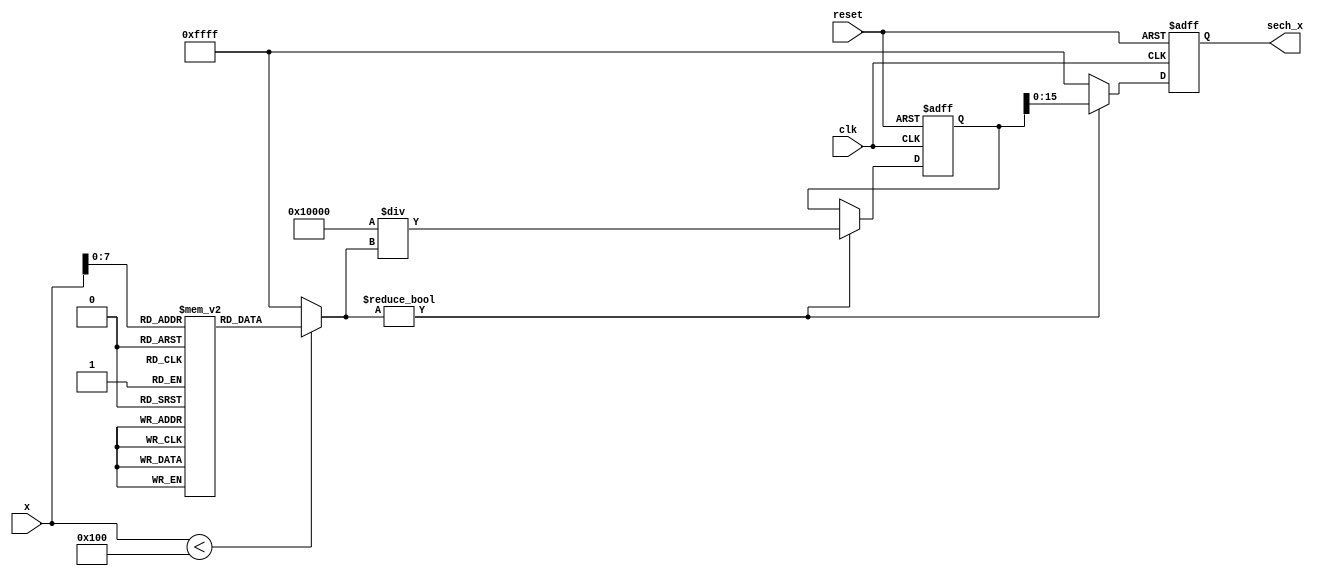
module hyperbolic_secant (
    input wire [15:0] x,           // Input: Fixed-point representation of x
    output reg [15:0] sech_x,      // Output: Computed sech(x)
    input wire clk,                // Clock signal
    input wire reset               // Reset signal
);

// Intermediate signals
wire [15:0] cosh_x;
reg [31:0] reciprocal;            // For holding the reciprocal (32 bits for division)
reg [15:0] cosh_x_temp;          // Temporary variable for cosh result

// Lookup table for hyperbolic cosine (approximation)
reg [15:0] cosh_lut [0:255];     // LUT for cosh values (256 entries)
initial begin
    // Initialize the lookup table with precomputed values of cosh(x) for a range of x
    // This example uses a simple scale for fixed-point representation
    // Populate this table as needed based on your use case
    // For example purposes, we are just initializing a few values
    cosh_lut[0] = 16'h0001; // cosh(0) = 1
    cosh_lut[1] = 16'h0001; // cosh(1)  1.543
    cosh_lut[2] = 16'h0002; // cosh(2)  3.762
    // Fill in the rest of the lookup table as needed...
end

// Compute cosh(x) using the lookup table
always @(*) begin
    if (x < 16'd256) begin
        cosh_x_temp = cosh_lut[x]; // Assume x is within range [0, 255]
    end else begin
        cosh_x_temp = 16'hFFFF; // Placeholder for out-of-range handling
    end
end

// Compute the reciprocal of cosh_x
always @(posedge clk or posedge reset) begin
    if (reset) begin
        reciprocal <= 32'd0;
        sech_x <= 16'd0;
    end else begin
        // Simple reciprocal computation (1/cosh_x)
        // For more accuracy, consider using an iterative method like Newton-Raphson
        if (cosh_x_temp != 16'd0) begin
            reciprocal <= (32'd1 << 16) / cosh_x_temp; // Perform fixed-point division
            sech_x <= reciprocal[15:0]; // Store the lower 16 bits as result
        end else begin
            sech_x <= 16'hFFFF; // Handle division by zero
        end
    end
end

endmodule